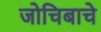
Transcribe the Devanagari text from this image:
जोचिबाचे